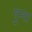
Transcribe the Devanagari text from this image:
गुम्वा